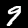
Label: 9